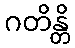
ဂတိန္တိ